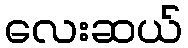
လေးဆယ်